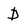
Character: D